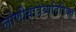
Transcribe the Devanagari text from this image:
लोणीयात्रेव्यतिरिक्त